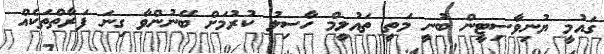
ގައުމީ ޔުނިވާސިޓީން ބުނީ މަތީ ތައުލީމް ހާސިލު ކުރުމަށް ބޭނުންވާ ގިނަ ފަރާތްތަކެއް